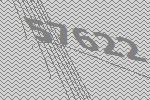
57622